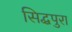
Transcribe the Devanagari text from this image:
सिद्धपुरा